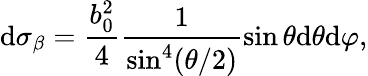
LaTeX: \mathrm{d}{\sigma_{\beta}}=\frac{{b_{0}^{2}}}{{4}}\frac{{1}}{{{{\sin}^{4}}(\theta/2)}}\sin\theta\mathrm{{\mathrm{d}}}\theta\mathrm{{\mathrm{d}}}\varphi,